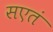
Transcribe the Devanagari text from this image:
सएतं